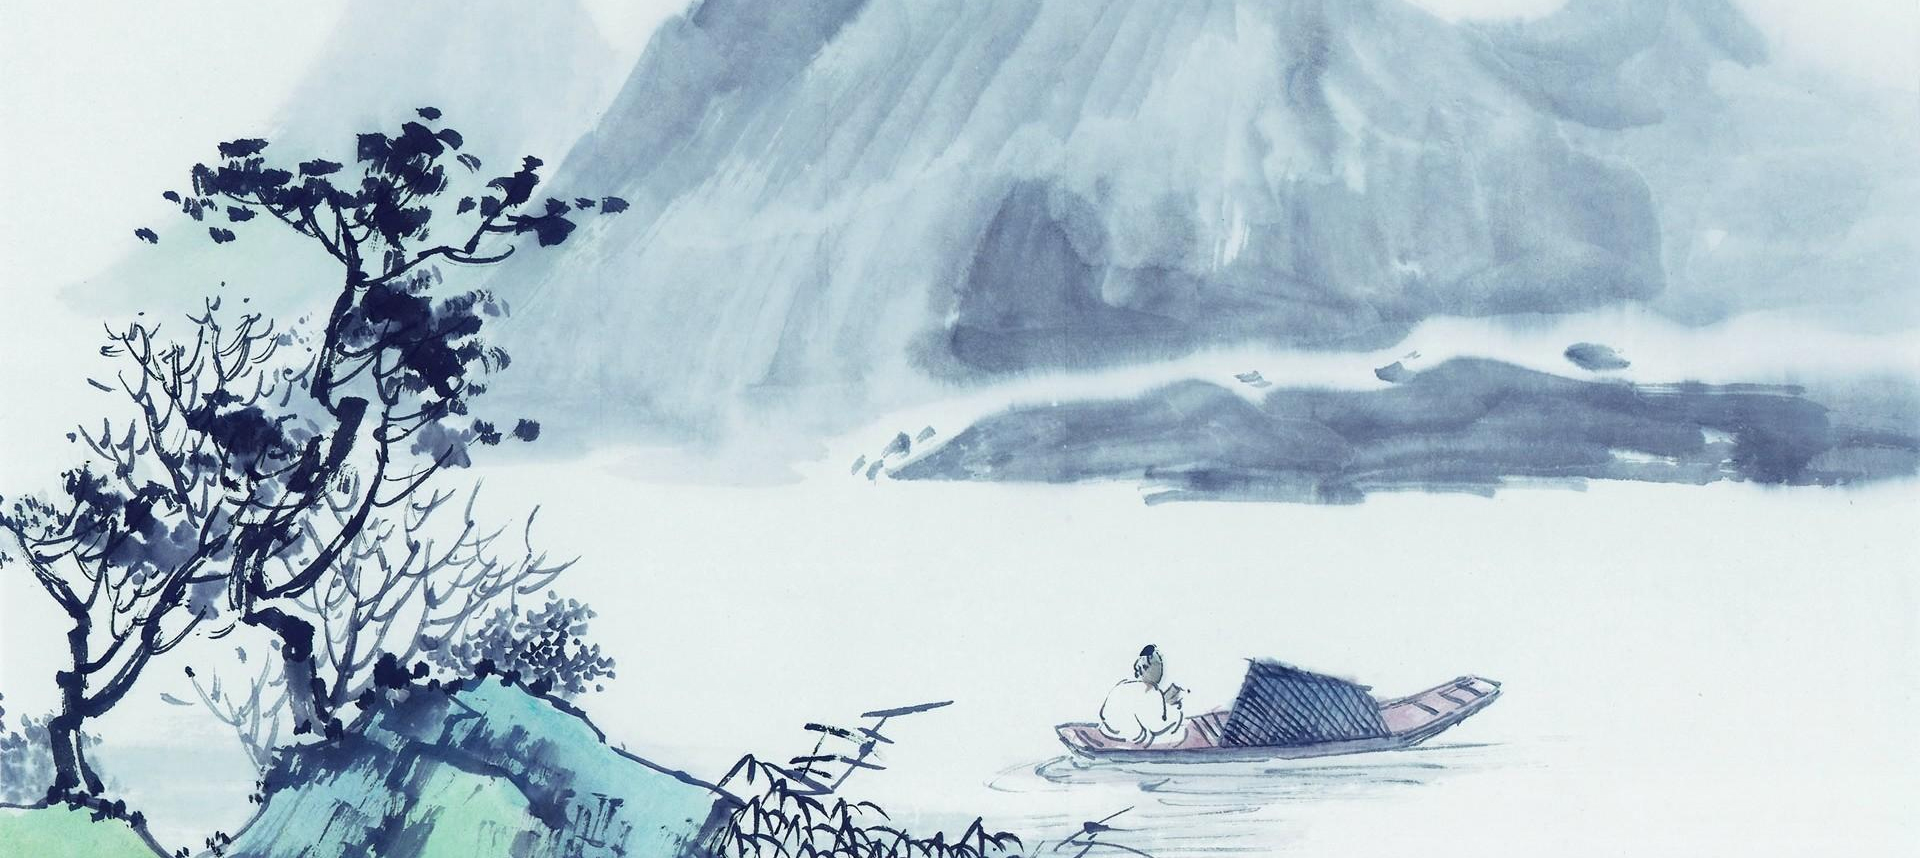
千里江山寒色远，芦花深处泊孤舟，笛在月明楼。